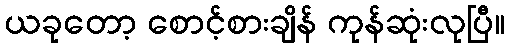
ယခုတော့ စောင့်စားချိန် ကုန်ဆုံးလုပြီ။